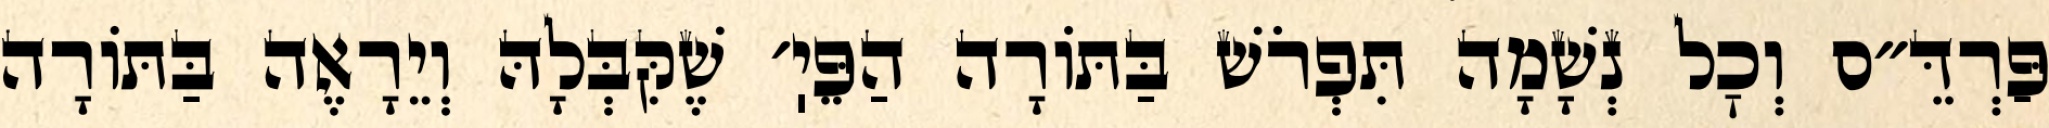
פַּרְדֵּ״ס וְכׇל נְשָׁמָה תִּפְרֹשׁ בַּתּוֹרָה הַפֵּיֽ׳ שֶׁקִּבְּלָהּ וְיֵרָאֶה בַּתּוֹרָה